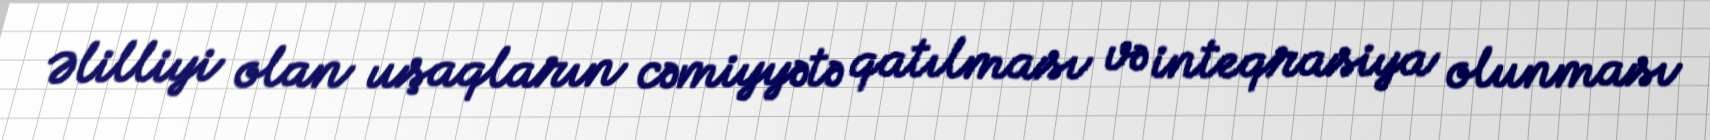
Əlilliyi olan uşaqların cəmiyyətə qatılması və inteqrasiya olunması